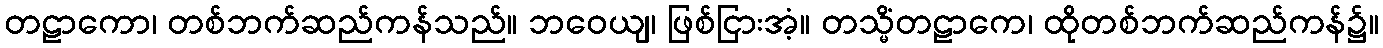
တဠာကော၊ တစ်ဘက်ဆည်ကန်သည်။ ဘဝေယျ၊ ဖြစ်ငြားအံ့။ တသ္မိံတဠာကေ၊ ထိုတစ်ဘက်ဆည်ကန်၌။